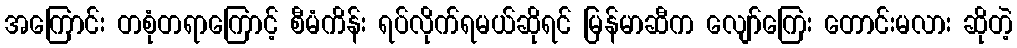
အကြောင်း တစုံတရာကြောင့် စီမံကိန်း ရပ်လိုက်ရမယ်ဆိုရင် မြန်မာဆီက လျော်ကြေး တောင်းမလား ဆိုတဲ့